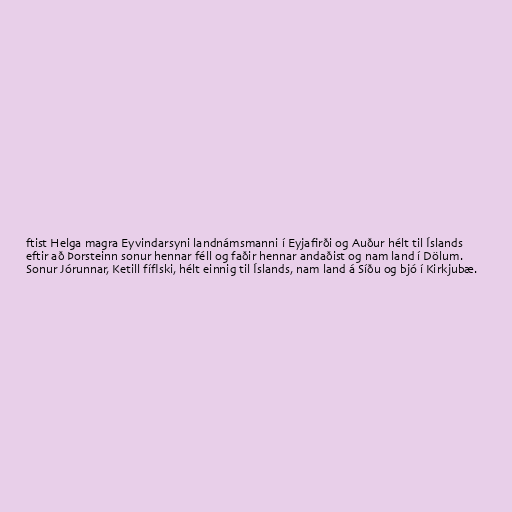
ftist Helga magra Eyvindarsyni landnámsmanni í Eyjafirði og Auður hélt til Íslands
eftir að Þorsteinn sonur hennar féll og faðir hennar andaðist og nam land í Dölum.
Sonur Jórunnar, Ketill fíflski, hélt einnig til Íslands, nam land á Síðu og bjó í Kirkjubæ.